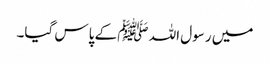
میں رسول اللہ ﷺ کے پاس گیا۔